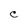
Character: C